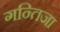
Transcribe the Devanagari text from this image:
गन्तिजा